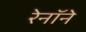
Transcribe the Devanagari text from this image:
रेनॉने